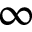
\infty